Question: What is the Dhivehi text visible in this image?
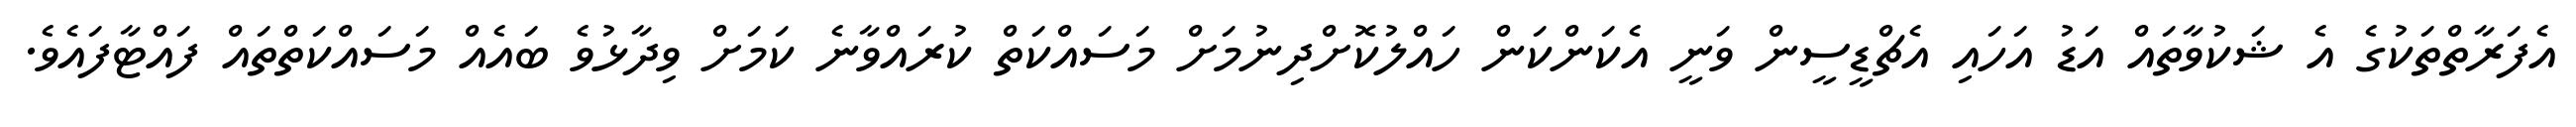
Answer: އެފަރާތްތަކުގެ އެ ޝަކުވާތައް އަޑު އަހައި އެޗްޑީސީން ވަނީ އެކަންކަން ހައްލުކޮށްދިނުމަށް މަސައްކަތް ކުރައްވާނެ ކަމަށް ވިދާޅުވެ ބައެއް މަސައްކަތްތައް ފައްޓާފައެވެ.